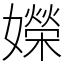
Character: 嬫